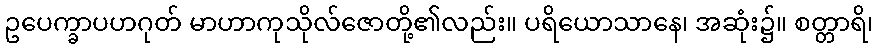
ဥပေက္ခာပဟဂုတ် မာဟာကုသိုလ်ဇောတို့၏လည်း။ ပရိယောသာနေ၊ အဆုံး၌။ စတ္တာရိ၊